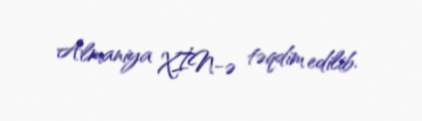
Almaniya XİN-ə təqdim edilib.